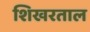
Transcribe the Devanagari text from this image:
शिखरताल